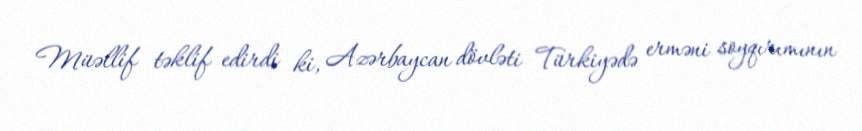
Müəllif təklif edirdi ki, Azərbaycan dövləti Türkiyədə erməni soyqırımının